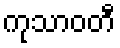
ကုသာဝတီ